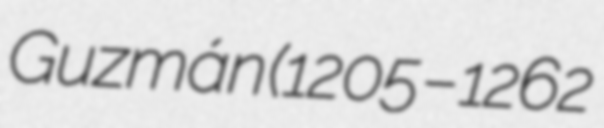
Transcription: Guzmán (1205 – 1262